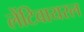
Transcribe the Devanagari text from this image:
लेंटिवायरल